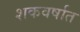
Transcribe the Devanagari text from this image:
शकवर्षात